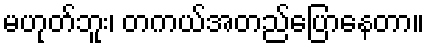
မဟုတ်ဘူး၊ တကယ်အတည်ပြောနေတာ။